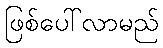
ဖြစ်ပေါ်လာမည်